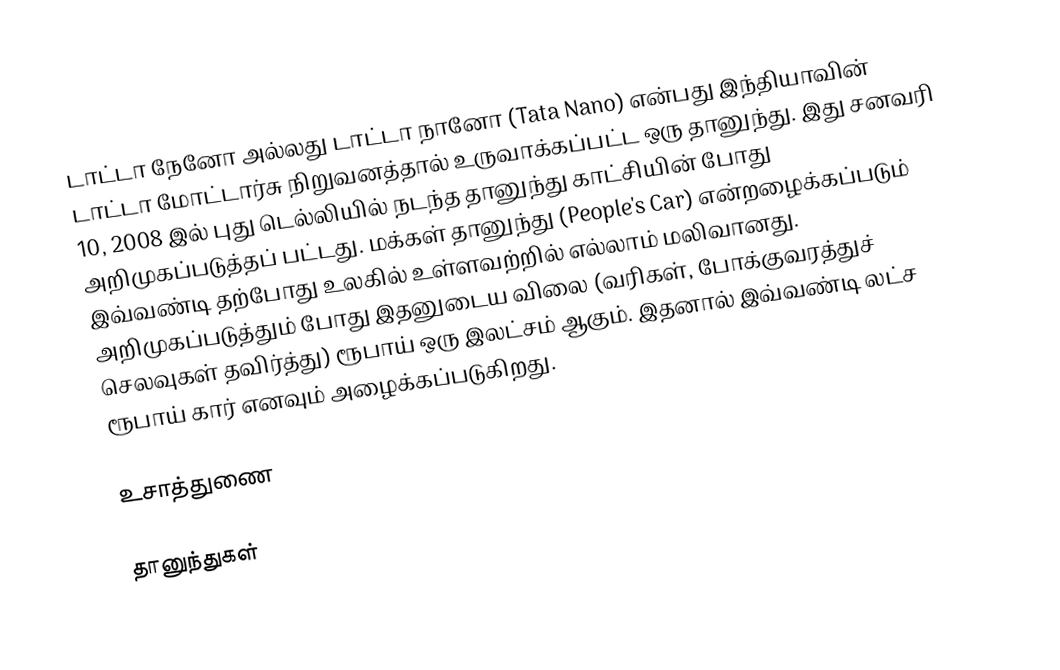
டாட்டா நேனோ அல்லது டாட்டா நானோ (Tata Nano) என்பது இந்தியாவின் டாட்டா மோட்டார்சு நிறுவனத்தால்  உருவாக்கப்பட்ட ஒரு தானுந்து. இது சனவரி 10, 2008 இல் புது டெல்லியில் நடந்த தானுந்து காட்சியின் போது அறிமுகப்படுத்தப் பட்டது. மக்கள் தானுந்து (People's Car) என்றழைக்கப்படும் இவ்வண்டி தற்போது உலகில் உள்ளவற்றில் எல்லாம் மலிவானது. அறிமுகப்படுத்தும் போது இதனுடைய விலை  (வரிகள், போக்குவரத்துச் செலவுகள் தவிர்த்து) ரூபாய் ஒரு இலட்சம் ஆகும். இதனால் இவ்வண்டி லட்ச ரூபாய் கார் எனவும் அழைக்கப்படுகிறது.

உசாத்துணை

தானுந்துகள்